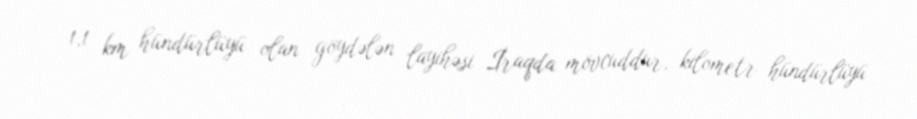
1,1 km hündürlüyü olan göydələn layihəsi İraqda mövcuddur, kilometr hündürlüyü